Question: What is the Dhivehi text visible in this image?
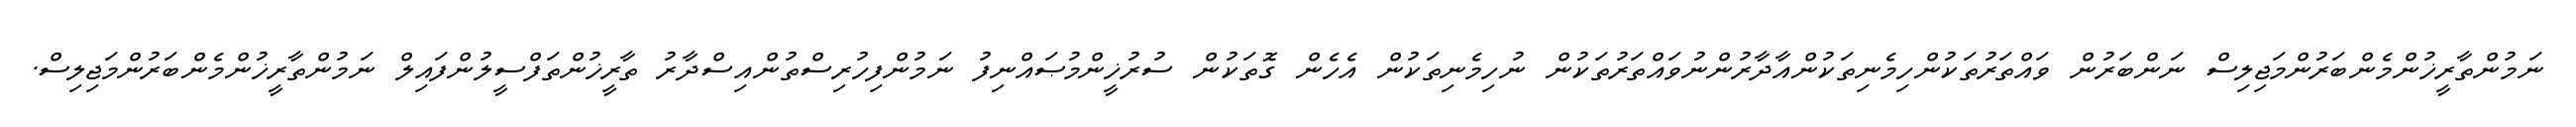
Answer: ނަމުންތާރީޚުންމެންބަރުންމަޖިލިސް ނަންބަރުން ވައްތަރުތަކުންހިމެނިތަކުންއާދާރުންނުވައްތަރުތަކުން ނުހިމެނިތަކުން އެހެން ގޮތަކުން ސުރުޚީންމުޞައްނިފު ނަމުންފިހުރިސްތުންއިސްދާރު ތާރީޚުންތަފްސީލުންފައިލް ނަމުންތާރީޚުންމެންބަރުންމަޖިލިސް.